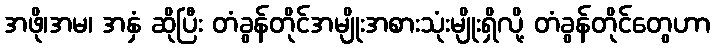
အဖို၊အမ၊ အနှံ ဆိုပြီး တံခွန်တိုင်အမျိုးအစားသုံးမျိုးရှိလို့ တံခွန်တိုင်တွေဟာ